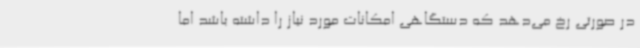
در صورتی رخ می‌دهد که دستگاهی امکانات مورد نیاز را داشته باشد اما